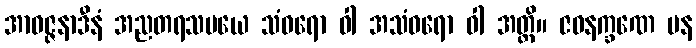
အာဝဇ္ဇနာဒီနံ အညတရသမယေ သံဝရော ဝါ အသံဝရော ဝါ အတ္ထိ။ ဇဝနက္ခဏေ ပန